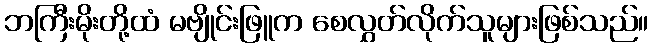
ဘကြီးမိုးတို့ထံ မဗျိုင်းဖြူက စေလွှတ်လိုက်သူများဖြစ်သည်။